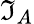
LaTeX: \mathfrak{I}_{A}